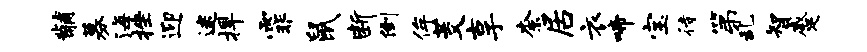
黼募海挫迎迷捍霏鼠断倒侔茭享柰居衣啼宝待第乱智蹙